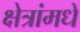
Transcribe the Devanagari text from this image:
क्षेत्रांमधे